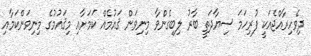
ދިވެހިރާއްޖެއަކީ ފުރިހަމަ ސިޔާދަތީ ބާރު ލިބިގެންވާ މިނިވަން ޤައުމެއް ކަމަށާއި މިޤައުމުގެ މިނިވަންކަމާއި